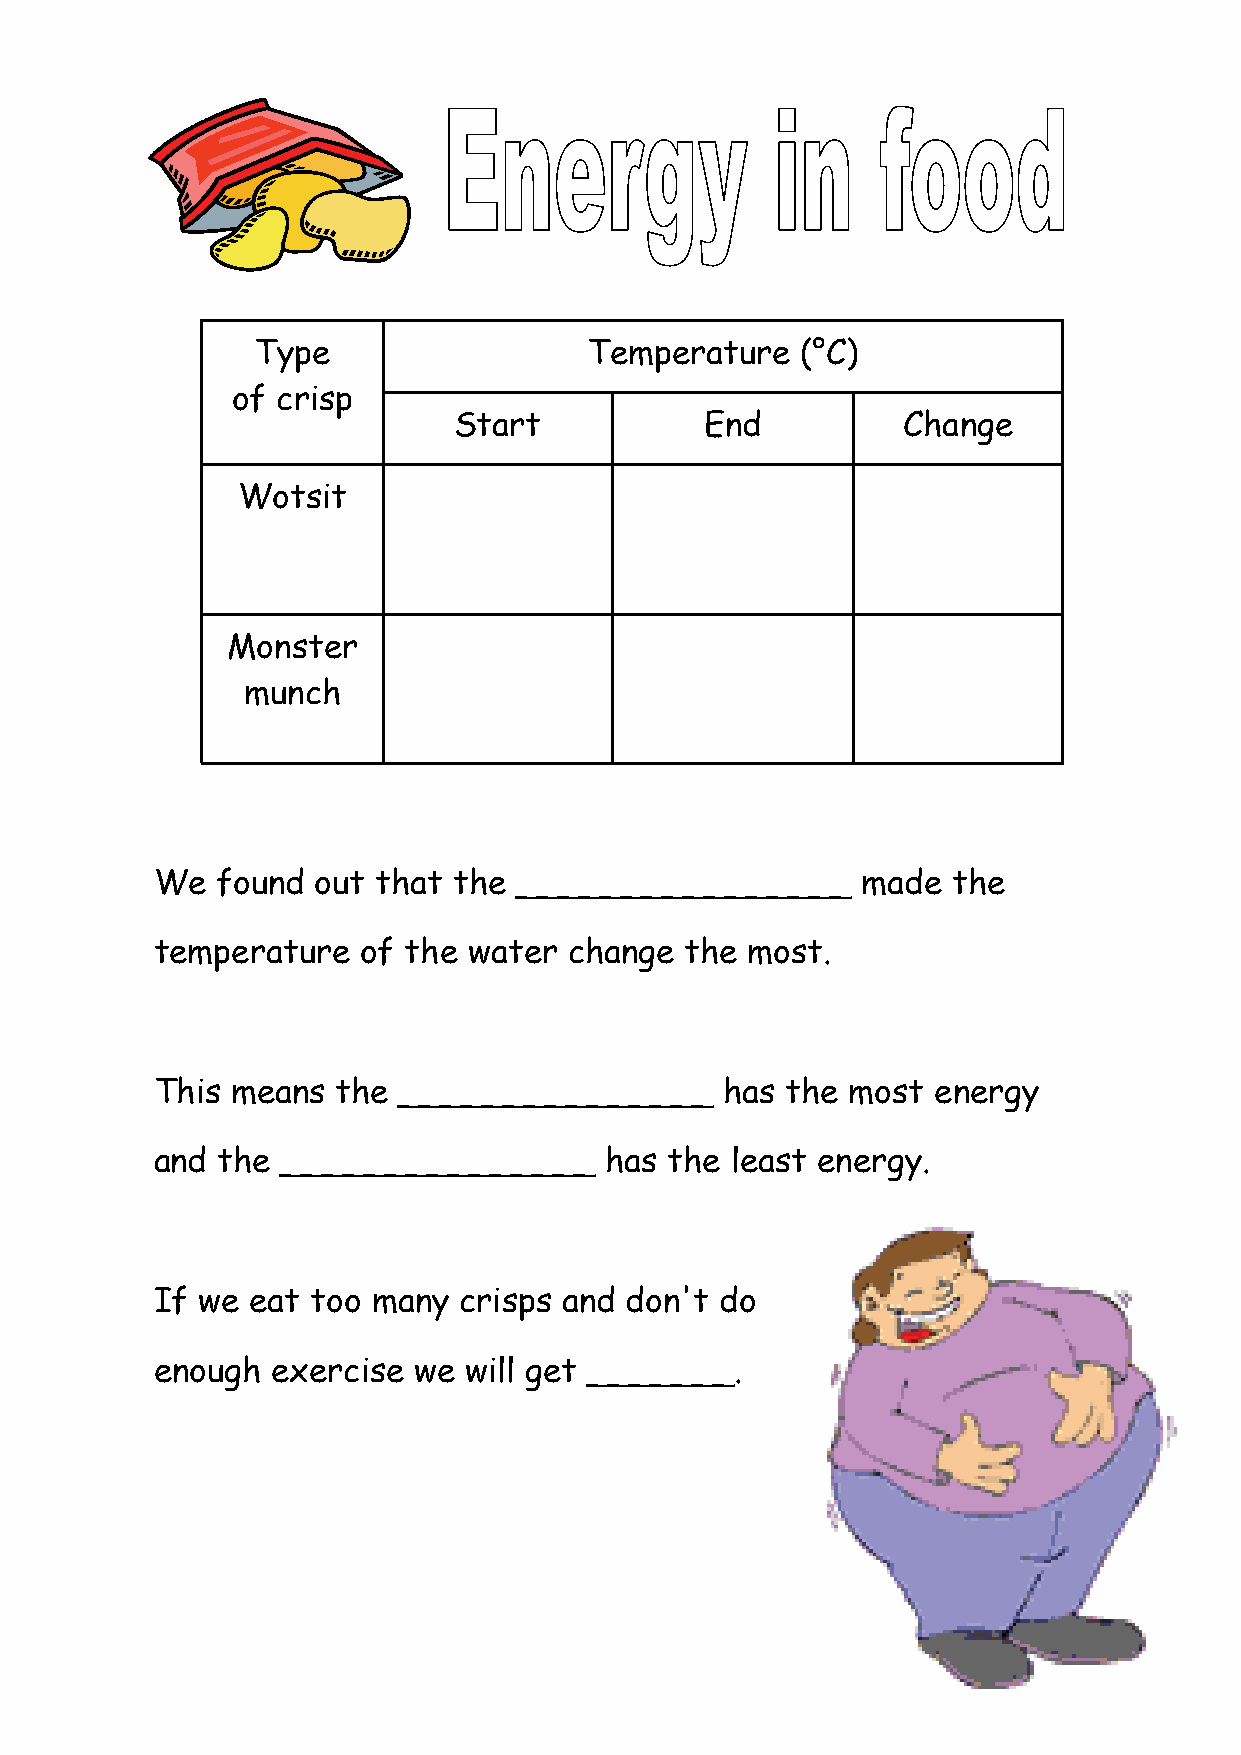
Type                  Temperature   (°C)
 of crisp
 Start            End          Change
 Wotsit
 Monster
 munch
 We  found  out that the ________________       made  the
 temperature   of the water  change the most.
 This means  the _______________       has the most  energy
 and the  _______________      has the least energy.
 If we  eat too many crisps and don't  do
 enough  exercise we  will get _______.